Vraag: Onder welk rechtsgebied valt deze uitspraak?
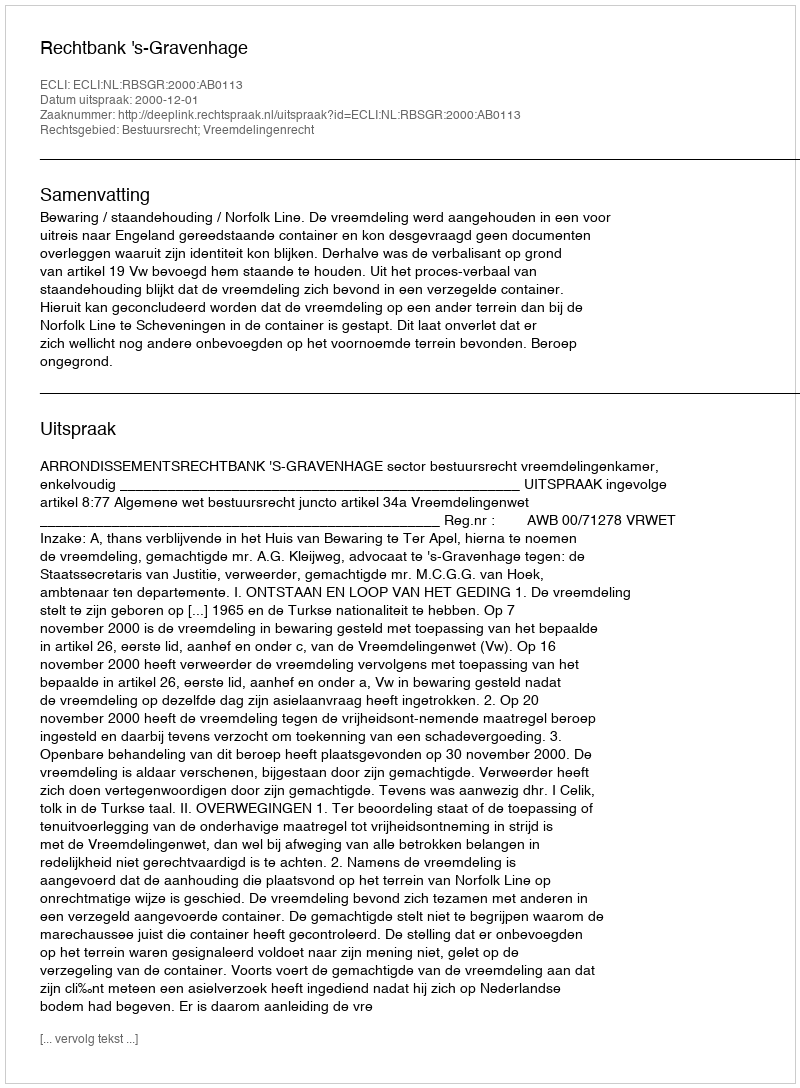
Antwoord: Bestuursrecht; Vreemdelingenrecht